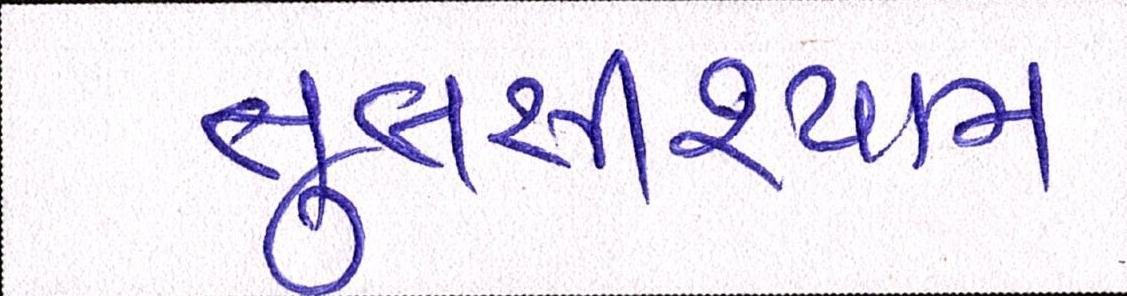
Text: તુલસીશ્યામ